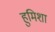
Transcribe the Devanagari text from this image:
हुमिशा